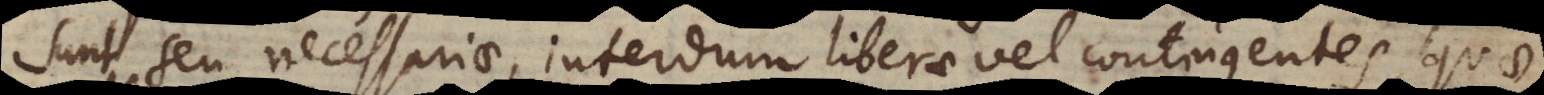
sunt seu necessariae, interdum liberae vel contingentes, quae